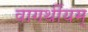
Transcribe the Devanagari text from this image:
वागर्थीयम्